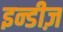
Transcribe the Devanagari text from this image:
इन्डीज़